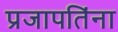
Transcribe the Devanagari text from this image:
प्रजापतिंना